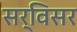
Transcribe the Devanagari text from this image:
सर्विसर